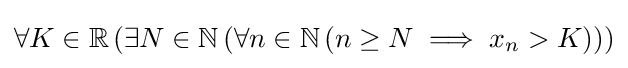
\forall K\in \mathbb {R} \left(\exists N\in \mathbb {N} \left(\forall n\in \mathbb {N} \left(n\geq N\implies x_{n}>K\right)\right)\right)